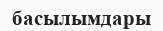
басылымдары